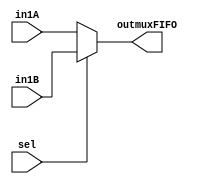
module muxFIFO(sel,in1A,in1B,outmuxFIFO);
	input sel;
	input [31:0]in1A,in1B;
	output  [31:0]outmuxFIFO;
	
	assign outmuxFIFO = (sel)?in1B:in1A;
	/*always @ (sel or in1A or in1B)
	if (sel)
		outmuxFIFO <= in1A;
	else
		outmuxFIFO <= in1B;*/
endmodule